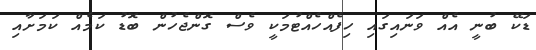
ޑަކޭ ބުނީ އެއް ވަނައިިގައި ހިފެއްހެއްޓުމަކީ ވެސް ގޮންޖެހުން ބޮޑު ކަމެއް ކަމަށާއި